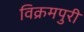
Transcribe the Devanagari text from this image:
विक्रमपुरी